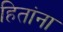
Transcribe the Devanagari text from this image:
हितांना